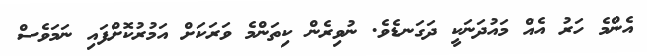
އެންމެ ހަރު އެއް މައުދަނަކީ ދަގަނޑެވެ. ނުވިރެން ކިތަންމެ ވަރަކަށް އަމުރުކޮށްފައި ނަމަވެސް